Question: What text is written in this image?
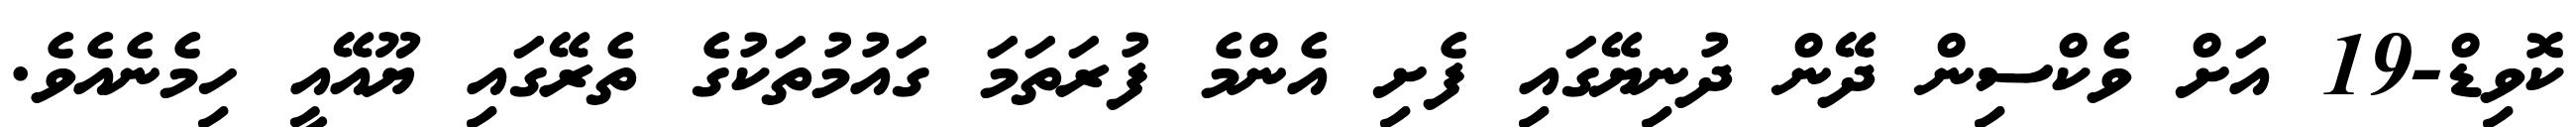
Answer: ކޮވިޑް-19 އަށް ވެކްސިން ދޭން ދުނިޔޭގައި ފެށި އެންމެ ފުރަތަމަ ގައުމުތަކުގެ ތެރޭގައި ޔޫއޭއީ ހިމެނެއެވެ.